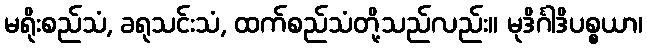
မရိုးစည်သံ, ခရုသင်းသံ, ထက်စည်သံတို့သည်လည်း။ မုဒိင်္ဂါဒိပစ္စယာ၊